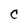
Character: C